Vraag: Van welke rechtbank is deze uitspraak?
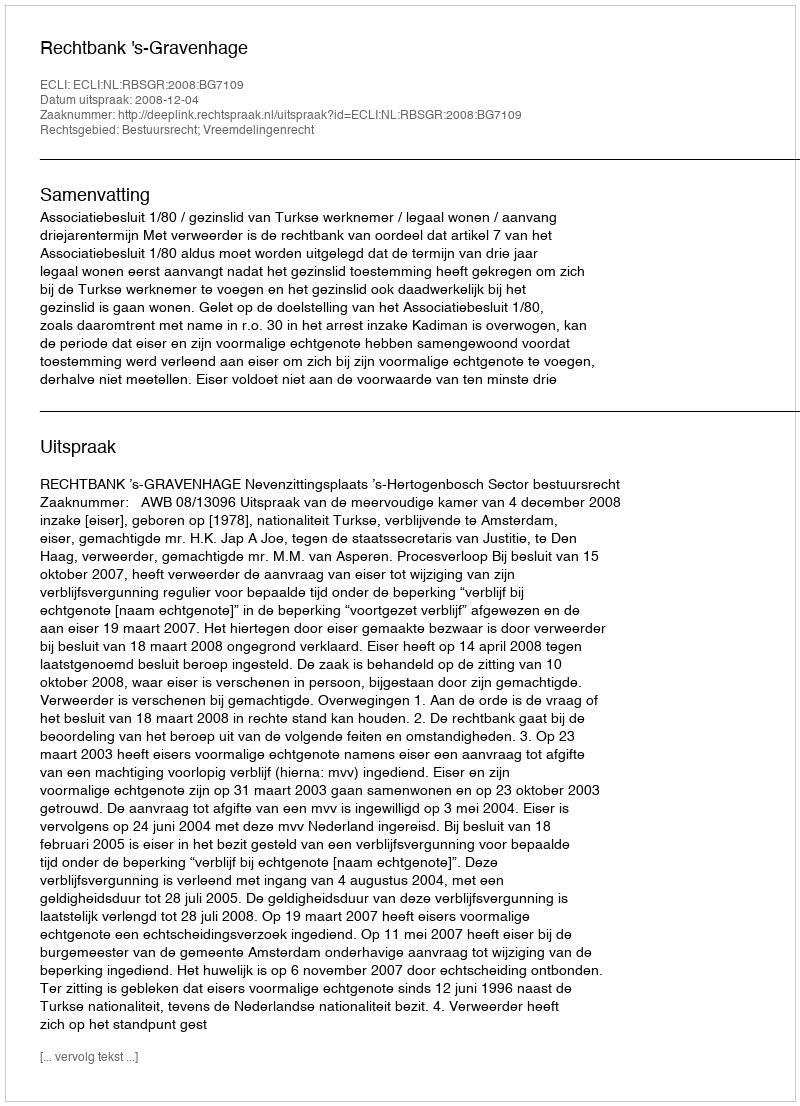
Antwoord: Rechtbank 's-Gravenhage